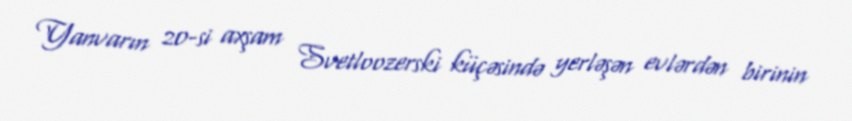
Yanvarın 20-si axşam Svetloozerski küçəsində yerləşən evlərdən birinin